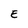
Character: E